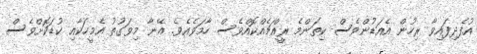
އުފެދިފައިވާ ރިހުން އެއަޑުންވެސް ކިތަންމެ ރީއްޗެއްކޮއްވެސް ހާމަވެއެވެ. އޭނާ މިވަގުތު އެމީހަކާއި ކުޑަކޮށްވެސް